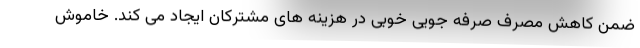
ضمن کاهش مصرف صرفه جویی خوبی در هزینه های مشترکان ایجاد می کند. خاموش